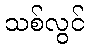
သစ်လွင်